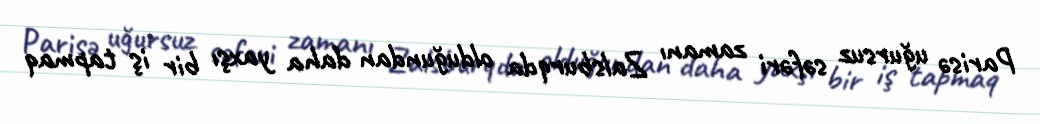
Parisə uğursuz səfəri zamanı Zalsburqda olduğundan daha yaxşı bir iş tapmaq